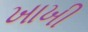
ખાખી